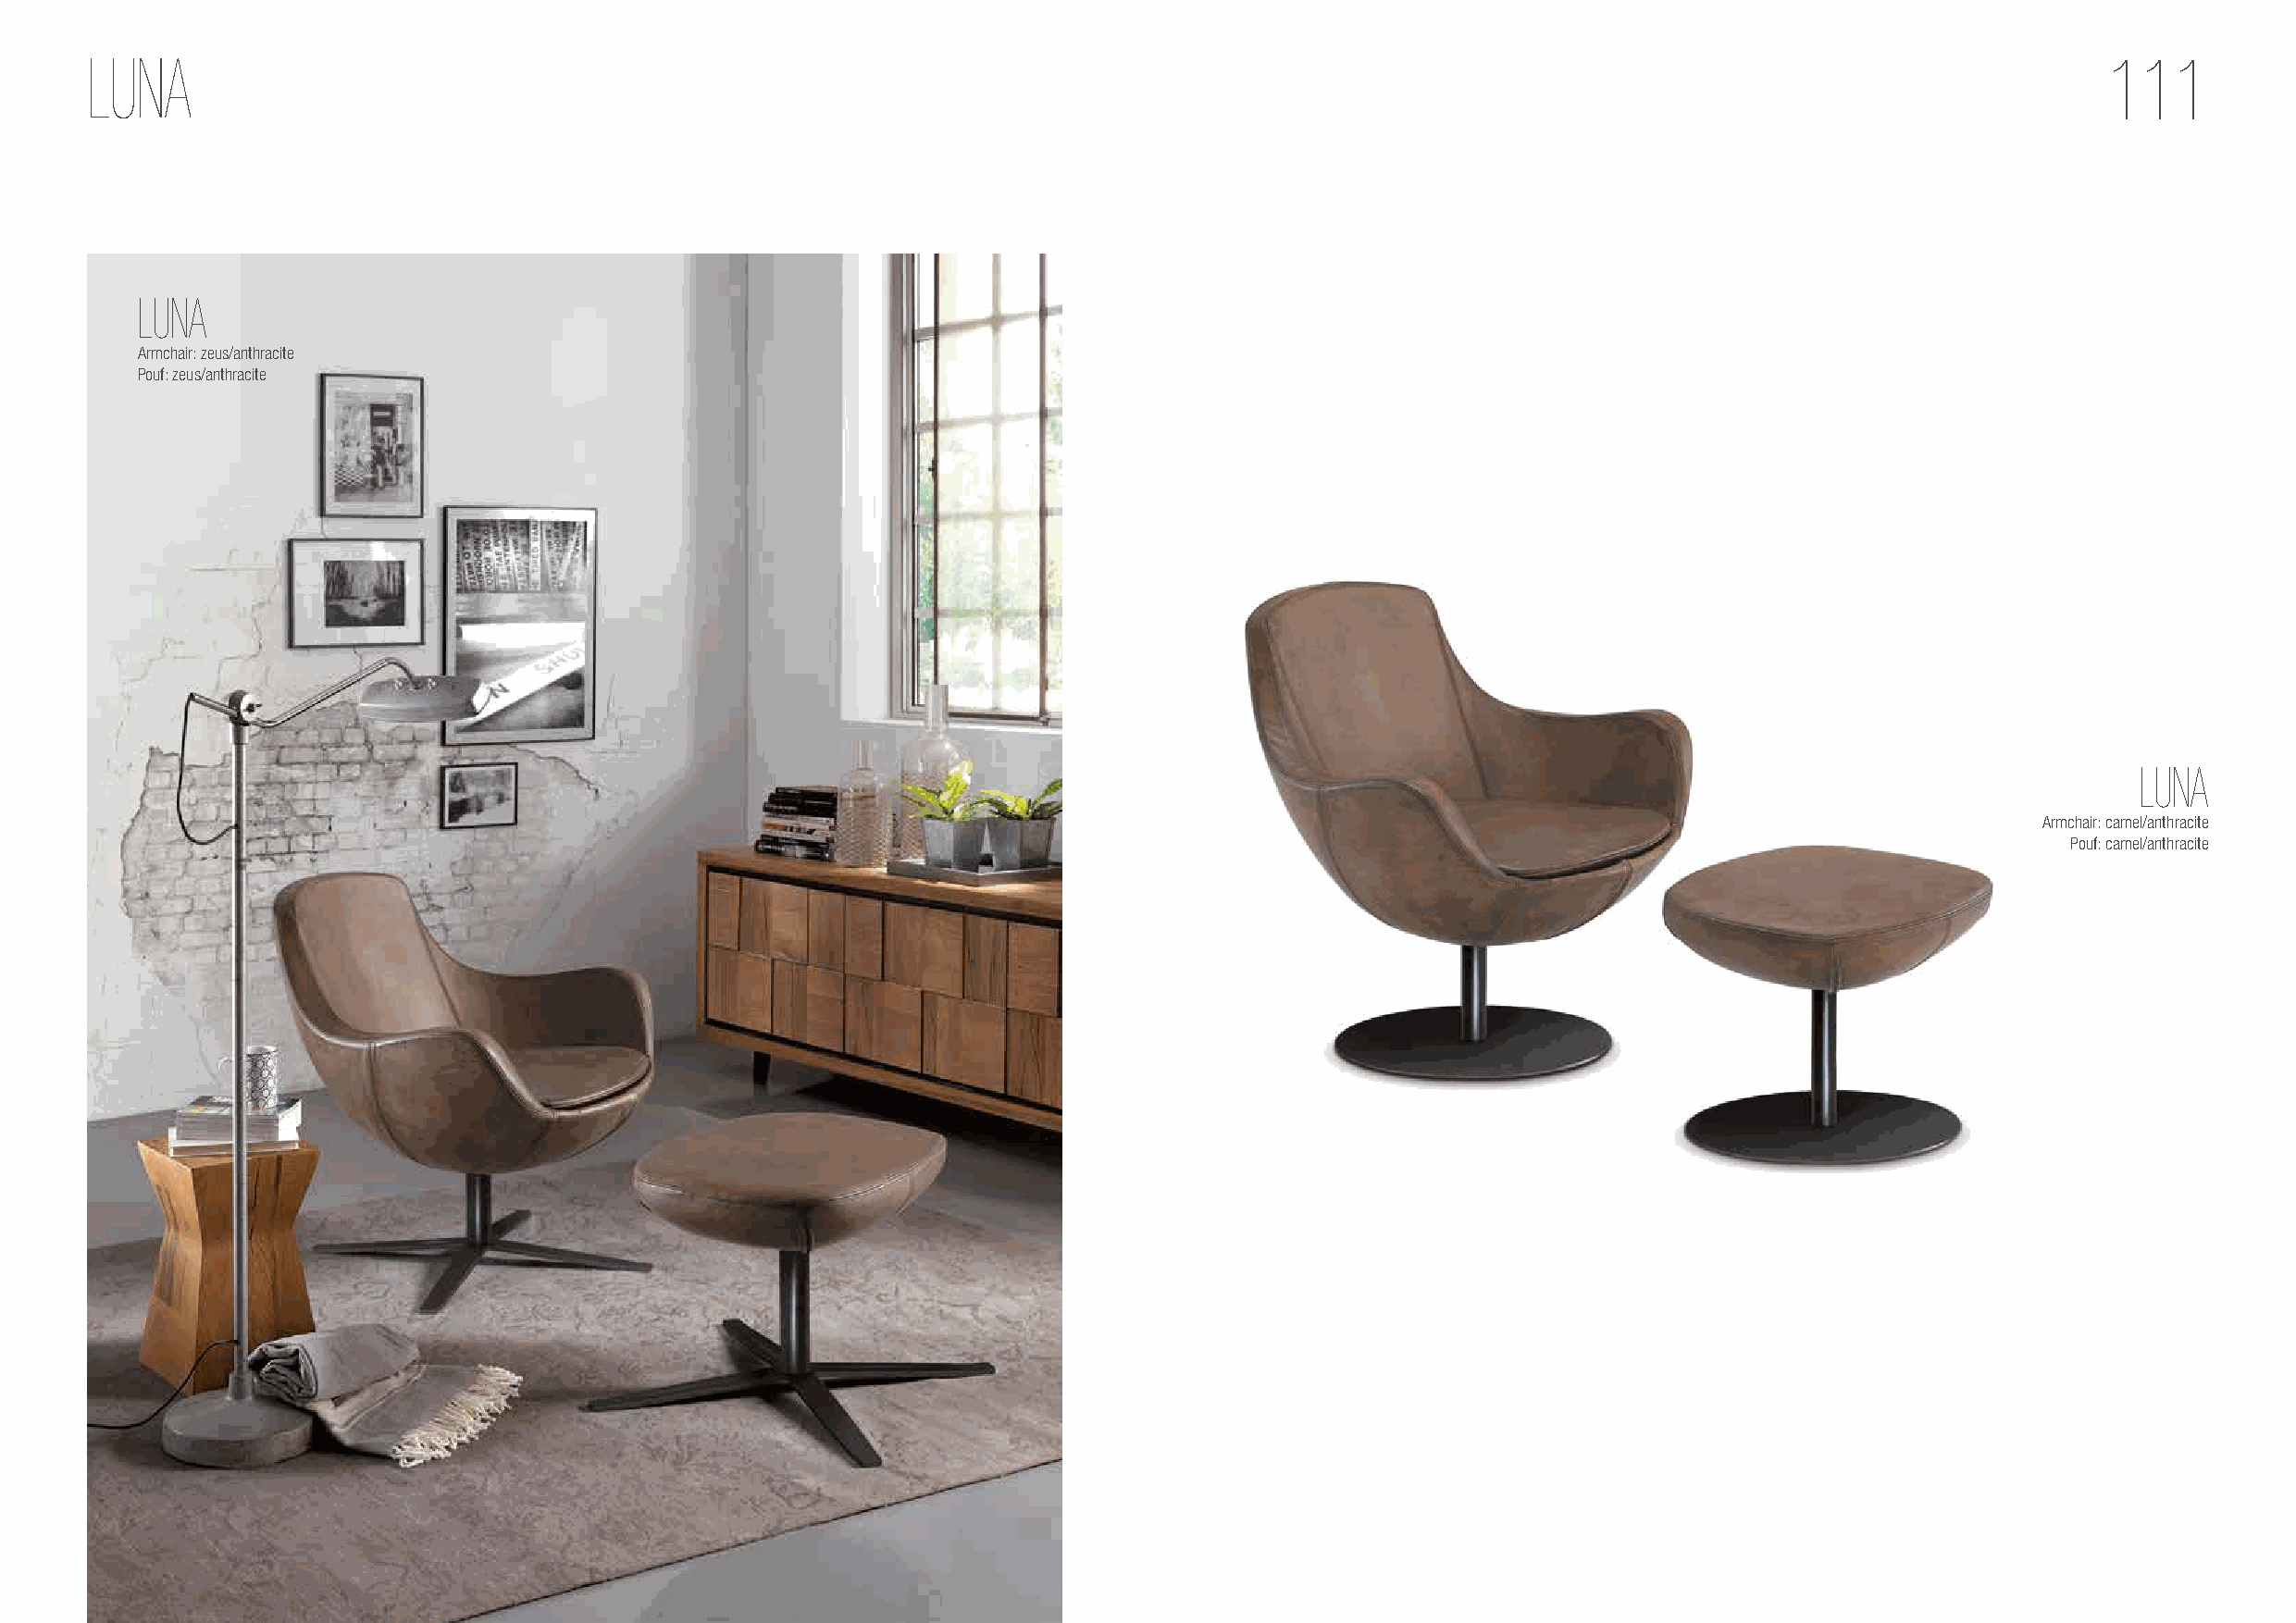
LUNA                                                                                                                                             111
 LUNA
 Armchair: zeus/anthracite
 Pouf: zeus/anthracite
 LUNA
 Armchair: camel/anthracite
 Pouf: camel/anthracite